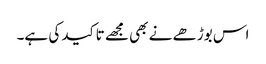
اس بوڑھے نے بھی مجھے تاکید کی ہے۔